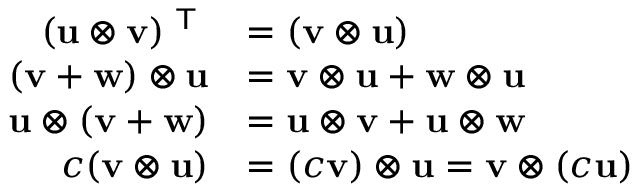
{ \begin{array} { r l } { ( \mathbf { u } \otimes \mathbf { v } ) ^ { \textsf { T } } } & { = ( \mathbf { v } \otimes \mathbf { u } ) } \\ { ( \mathbf { v } + \mathbf { w } ) \otimes \mathbf { u } } & { = \mathbf { v } \otimes \mathbf { u } + \mathbf { w } \otimes \mathbf { u } } \\ { \mathbf { u } \otimes ( \mathbf { v } + \mathbf { w } ) } & { = \mathbf { u } \otimes \mathbf { v } + \mathbf { u } \otimes \mathbf { w } } \\ { c ( \mathbf { v } \otimes \mathbf { u } ) } & { = ( c \mathbf { v } ) \otimes \mathbf { u } = \mathbf { v } \otimes ( c \mathbf { u } ) } \end{array} }